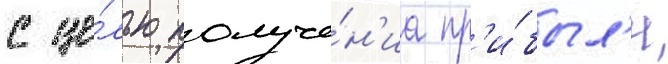
с це́лью получе́н'иа пр'и́был'и